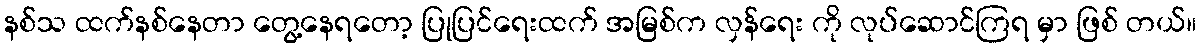
နစ်သ ထက်နစ်နေတာ တွေ့နေရတော့ ပြုပြင်ရေးထက် အမြစ်က လှန်ရေး ကို လုပ်ဆောင်ကြရ မှာ ဖြစ် တယ်။